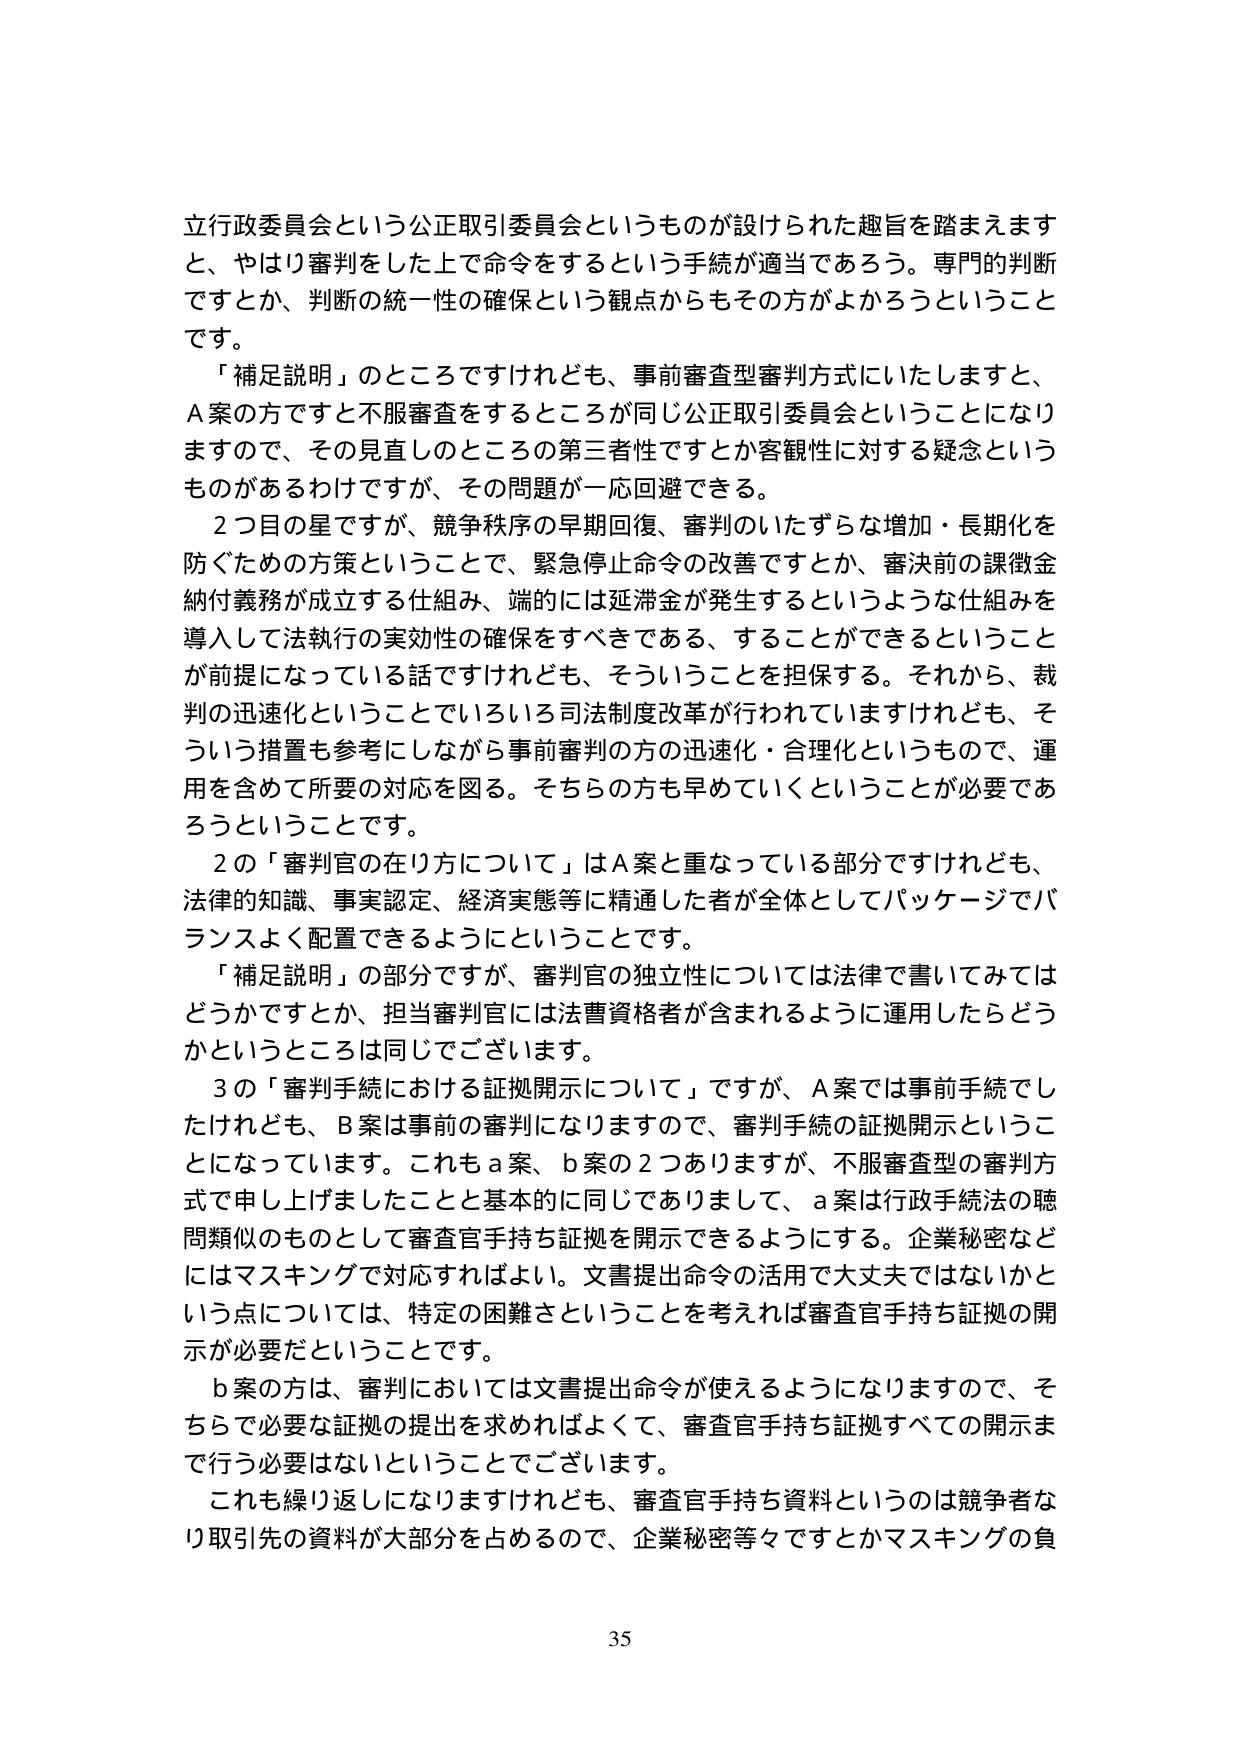
立行政委員会という公正取引委員会というものが設けられた趣旨を踏まえます
と、やはり審判をした上で命令をするという手続が適当であろう。専門的判断
ですとか、判断の統一性の確保という観点からもその方がよかろうということ
です。
「補足説明」のところですけれども、事前審査型審判方式にいたしますと、
A案の方ですと不服審査をするところが同じ公正取引委員会ということになり
ますので、その見直しのところの第三者性ですとか客観性に対する疑念という
ものがあるわけですが、その問題が一応回避できる。
2つ目の星ですが、競争秩序の早期回復、審判のいたずらな増加・長期化を
防ぐための方策ということで、緊急停止命令の改善ですとか、審決前の課徴金
納付義務が成立する仕組み、端的には延滞金が発生するというような仕組みを
導入して法執行の実効性の確保をすべきである、することができるということ
が前提になっている話ですけれども、そういうことを担保する。それから、裁
判の迅速化ということでいろいろ司法制度改革が行われていますけれども、そ
ういう措置も参考にしながら事前審判の方の迅速化・合理化というもので、運
用を含めて所要の対応を図る。そちらの方も早めていくということが必要であ
ろうということです。
2の「審判官の在り方について」はA案と重なっている部分ですけれども、
法律的知識、事実認定、経済実態等に精通した者が全体としてパッケージでバ
ランスよく配置できるようにということです。
「補足説明」の部分ですが、審判官の独立性については法律で書いてみては
どうかですとか、担当審判官には法曹資格者が含まれるように運用したらどう
かというところは同じでございます。
3の「審判手続における証拠開示について」ですが、A案では事前手続でし
たけれども、B案は事前の審判になりますので、審判手続の証拠開示というこ
とになっています。これもa案、b案の2つありますが、不服審査型の審判方
式で申し上げましたことと基本的に同じでありまして、a案は行政手続法の聴
問類似のものとして審査官手持ち証拠を開示できるようにする。企業秘密など
にはマスキングで対応すればよい。文書提出命令の活用で大丈夫ではないかと
いう点については、特定の困難さということを考えれば審査官手持ち証拠の開
示が必要だということです。
b案の方は、審判においては文書提出命令が使えるようになりますので、そ
ちらで必要な証拠の提出を求めればよくて、審査官手持ち証拠すべての開示ま
で行う必要はないということでございます。
これも繰り返しになりますけれども、審査官手持ち資料というのは競争者な
り取引先の資料が大部分を占めるので、企業秘密等々ですとかマスキングの負
35